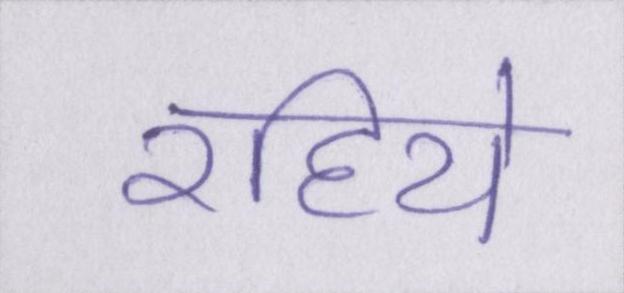
रहिये